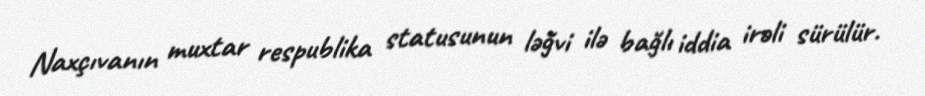
Naxçıvanın muxtar respublika statusunun ləğvi ilə bağlı iddia irəli sürülür.